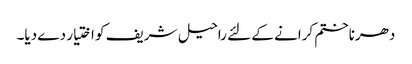
دھرناختم کرانے کے لئے راحیل شریف کو اختیار دے دیا۔